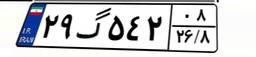
۲۹گ۵۴۲۰۸